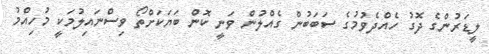
ލީޑަރުންގެ ދޮގު ހެއްދެވުމުގެ ސަބަބުން ގެއްލުން ވަނީ ކޮން ބަޔަކަށްތޯ ވިސްނައިލުމަކީ މުހިއްމު